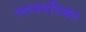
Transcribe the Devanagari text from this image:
लग्नपत्रिका